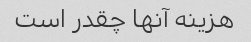
هزینه آنها چقدر است